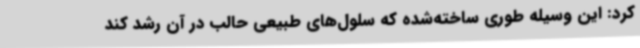
کرد: این وسیله طوری ساخته‌شده که سلول‌های طبیعی حالب در آن رشد کند